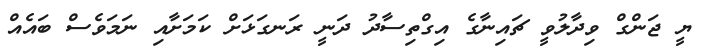
ޔީ ޖަންގް ވިދާލުވީ ޗައިނާގެ އިގްތިސާދު ދަނީ ރަނގަޅަށް ކަމަށާއި ނަމަވެސް ބައެއް